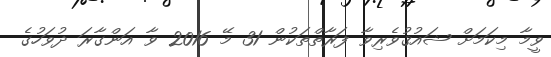
ވީމާ މިކަމަށް ޝައުޤުވެރިވާ ފަރާތްތަކުން 31 މޭ 2016 ވާ އަންގާރަ ދުވަހުގެ